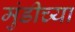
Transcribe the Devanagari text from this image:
मुंडीच्या